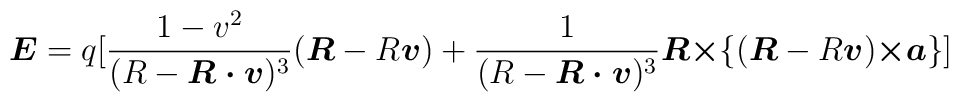
\mbox{\boldmath $E$}= q[\frac{1-v^{2}}{(R-\mbox{\boldmath $R\cdot v$})^{3}}(\mbox{\boldmath $R$}-R\mbox{\boldmath $v$}) +\frac{1}{(R-\mbox{\boldmath $R\cdot v$})^{3}}\mbox{\boldmath $R\times $}\{(\mbox{\boldmath $R$}-R\mbox{\boldmath $v$})\mbox{\boldmath $\times a$}\}]